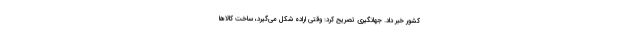
کشور خبر داد. جهانگیری تصریح کرد: وقتی اراده شکل می‌گیرد، ساخت کالاها